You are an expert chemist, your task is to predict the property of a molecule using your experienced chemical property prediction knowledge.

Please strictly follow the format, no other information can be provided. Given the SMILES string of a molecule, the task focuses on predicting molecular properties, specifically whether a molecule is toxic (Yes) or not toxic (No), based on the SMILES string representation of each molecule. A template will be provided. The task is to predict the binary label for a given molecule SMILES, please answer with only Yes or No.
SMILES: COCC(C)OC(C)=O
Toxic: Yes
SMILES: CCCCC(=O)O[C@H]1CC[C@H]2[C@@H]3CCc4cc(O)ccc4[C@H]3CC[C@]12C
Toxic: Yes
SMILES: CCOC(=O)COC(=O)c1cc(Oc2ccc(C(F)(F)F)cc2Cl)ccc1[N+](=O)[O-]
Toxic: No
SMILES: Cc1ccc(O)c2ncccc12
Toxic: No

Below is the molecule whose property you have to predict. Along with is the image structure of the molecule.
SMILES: C=C(C)C(=O)OC
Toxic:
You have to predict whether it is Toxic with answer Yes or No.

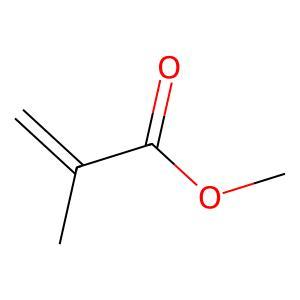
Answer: No